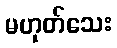
မဟုတ်သေး